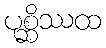
ပုစ္ဆိဿထ